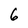
Character: 6